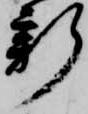
新